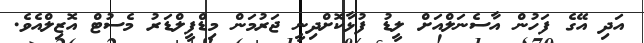
އަދި އޭގެ ފަހުން އާސެނަލްއަށް ލީޑު ފުޅާކޮށްދިނީ ޖަރުމަން މިޑްފީލްޑަރު މެސުޓް އޮޒިލްއެވެ.